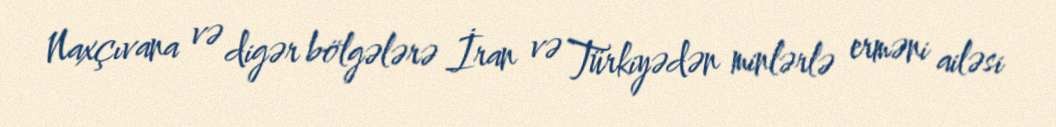
Naxçıvana və digər bölgələrə İran və Türkiyədən minlərlə erməni ailəsi